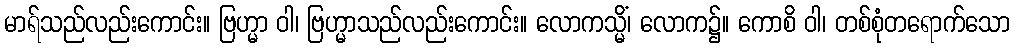
မာရ်သည်လည်းကောင်း။ ဗြဟ္မာ ဝါ၊ ဗြဟ္မာသည်လည်းကောင်း။ လောကသ္မိံ၊ လောက၌။ ကောစိ ဝါ၊ တစ်စုံတရောက်သော